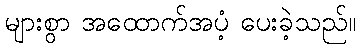
များစွာ အထောက်အပံ့ ပေးခဲ့သည်။